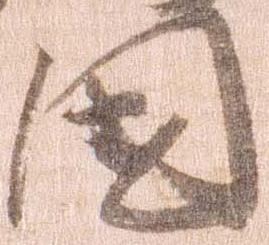
国